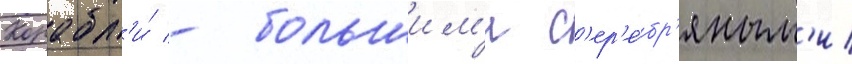
Корабл'и́ - большим'и с'ер'е́бр'яным'и